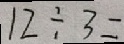
1 2 \div 3 =